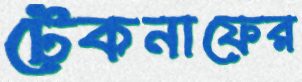
টেকনাফের